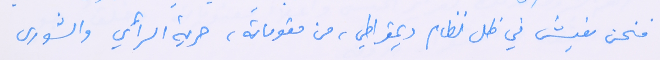
فنحن نعيش في ظل نظام ديمقراطي، من مقوماته، حرية الرأي والشورى